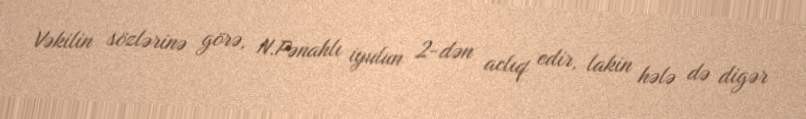
Vəkilin sözlərinə görə, N.Pənahlı iyulun 2-dən aclıq edir, lakin hələ də digər